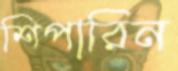
শিপারিন